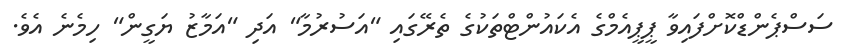
ސަސްޕެންޑްކޮށްފައިވާ ޕީޕީއެމްގެ އެކައުންޓްތަކުގެ ތެރޭގައި "އަސުރުމާ" އަދި "އަމާޒު ޔަގީން" ހިމެނެ އެވެ.